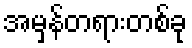
အမှန်တရားတစ်ခု